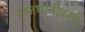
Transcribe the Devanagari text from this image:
राजधानीवरचे